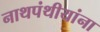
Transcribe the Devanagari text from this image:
नाथपंथीयांना